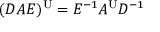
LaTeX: ( D A E ) ^ { \mathrm { U } } = E ^ { - 1 } A ^ { \mathrm { U } } D ^ { - 1 }